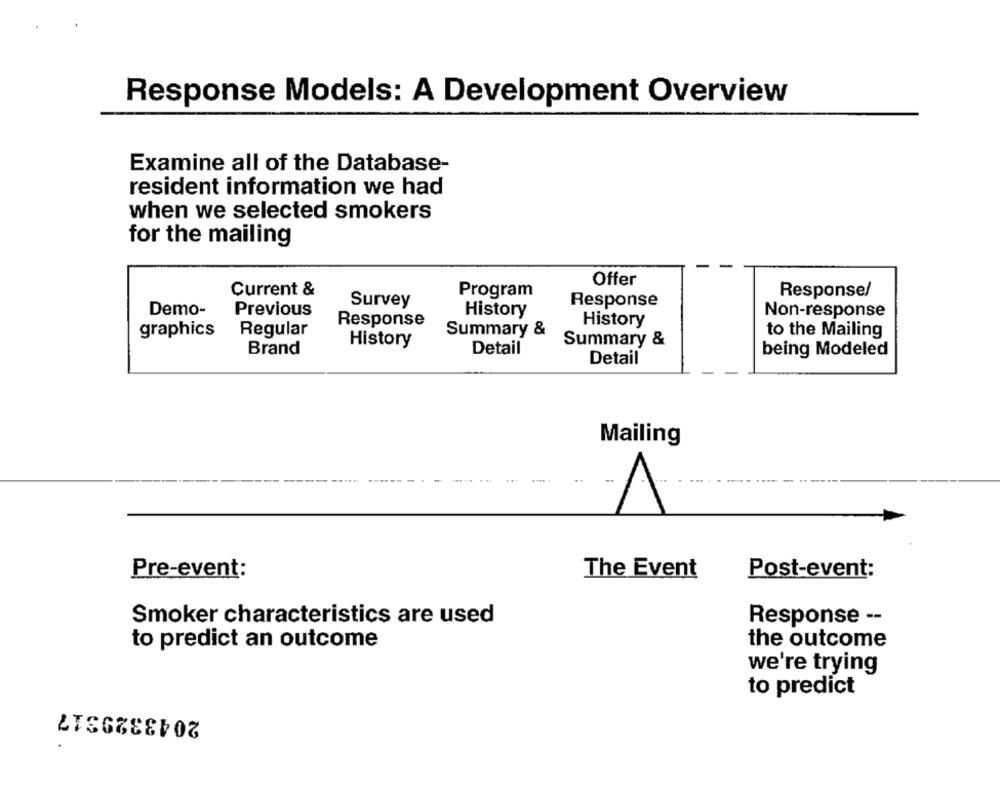
Response Models: A Development Overview
Examine all of the Database-
resident information we had
when we selected smokers
for the mailing
Offer
Current &
Program
Response/
Survey
Response
Demo-
Previous
History
Non-response
Response
History
graphics
Regular
Summary &
to the Mailing
History
Summary &
Brand
Detail
being Modeled
Detail
Mailing
Pre-event:
The Event
Post-event:
Smoker characteristics are used
Response --
to predict an outcome
the outcome
we're trying
to predict
2043329317